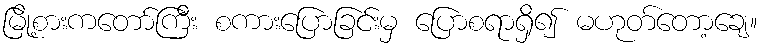
မြို့စားကတော်ကြီး စကားပြောခြင်းမှ ပြောစရာရှိ၍ မဟုတ်တော့ချေ။